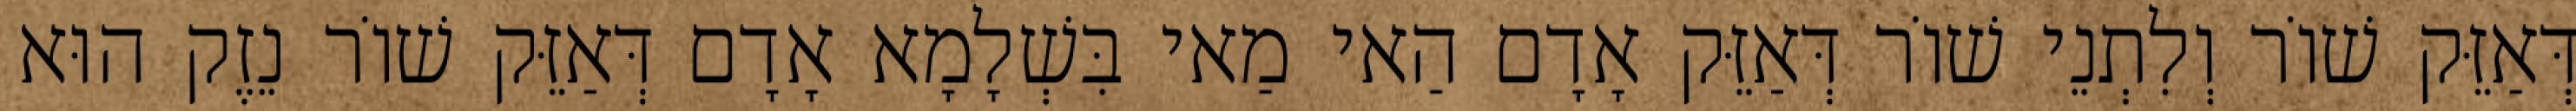
דְּאַזֵּק שׁוֹר וְלִתְנֵי שׁוֹר דְּאַזֵּק אָדָם הַאי מַאי בִּשְׁלָמָא אָדָם דְּאַזֵּק שׁוֹר נֵזֶק הוּא